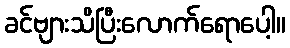
ခင်ဗျားသိပြီးလောက်ရောပေါ့။